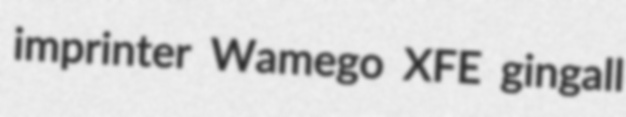
imprinter Wamego XFE gingall